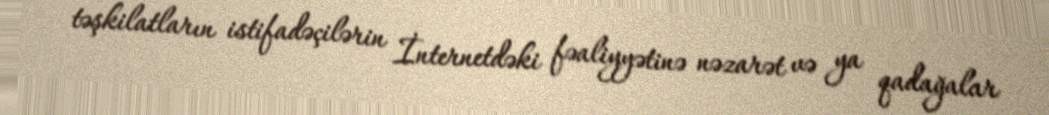
təşkilatların istifadəçilərin İnternetdəki fəaliyyətinə nəzarət və ya qadağalar